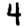
Digit: 4